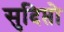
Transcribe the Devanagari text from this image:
सुदिप्तो